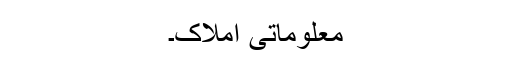
معلوماتی املاک۔